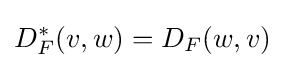
D_{F}^{*}(v,w)=D_{F}(w,v)